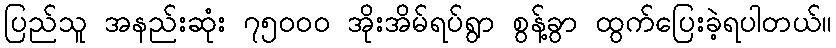
ပြည်သူ အနည်းဆုံး ၇၅၀၀၀ အိုးအိမ်ရပ်ရွာ စွန့်ခွာ ထွက်ပြေးခဲ့ရပါတယ်။